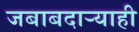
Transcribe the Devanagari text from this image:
जबाबदार्‍याही